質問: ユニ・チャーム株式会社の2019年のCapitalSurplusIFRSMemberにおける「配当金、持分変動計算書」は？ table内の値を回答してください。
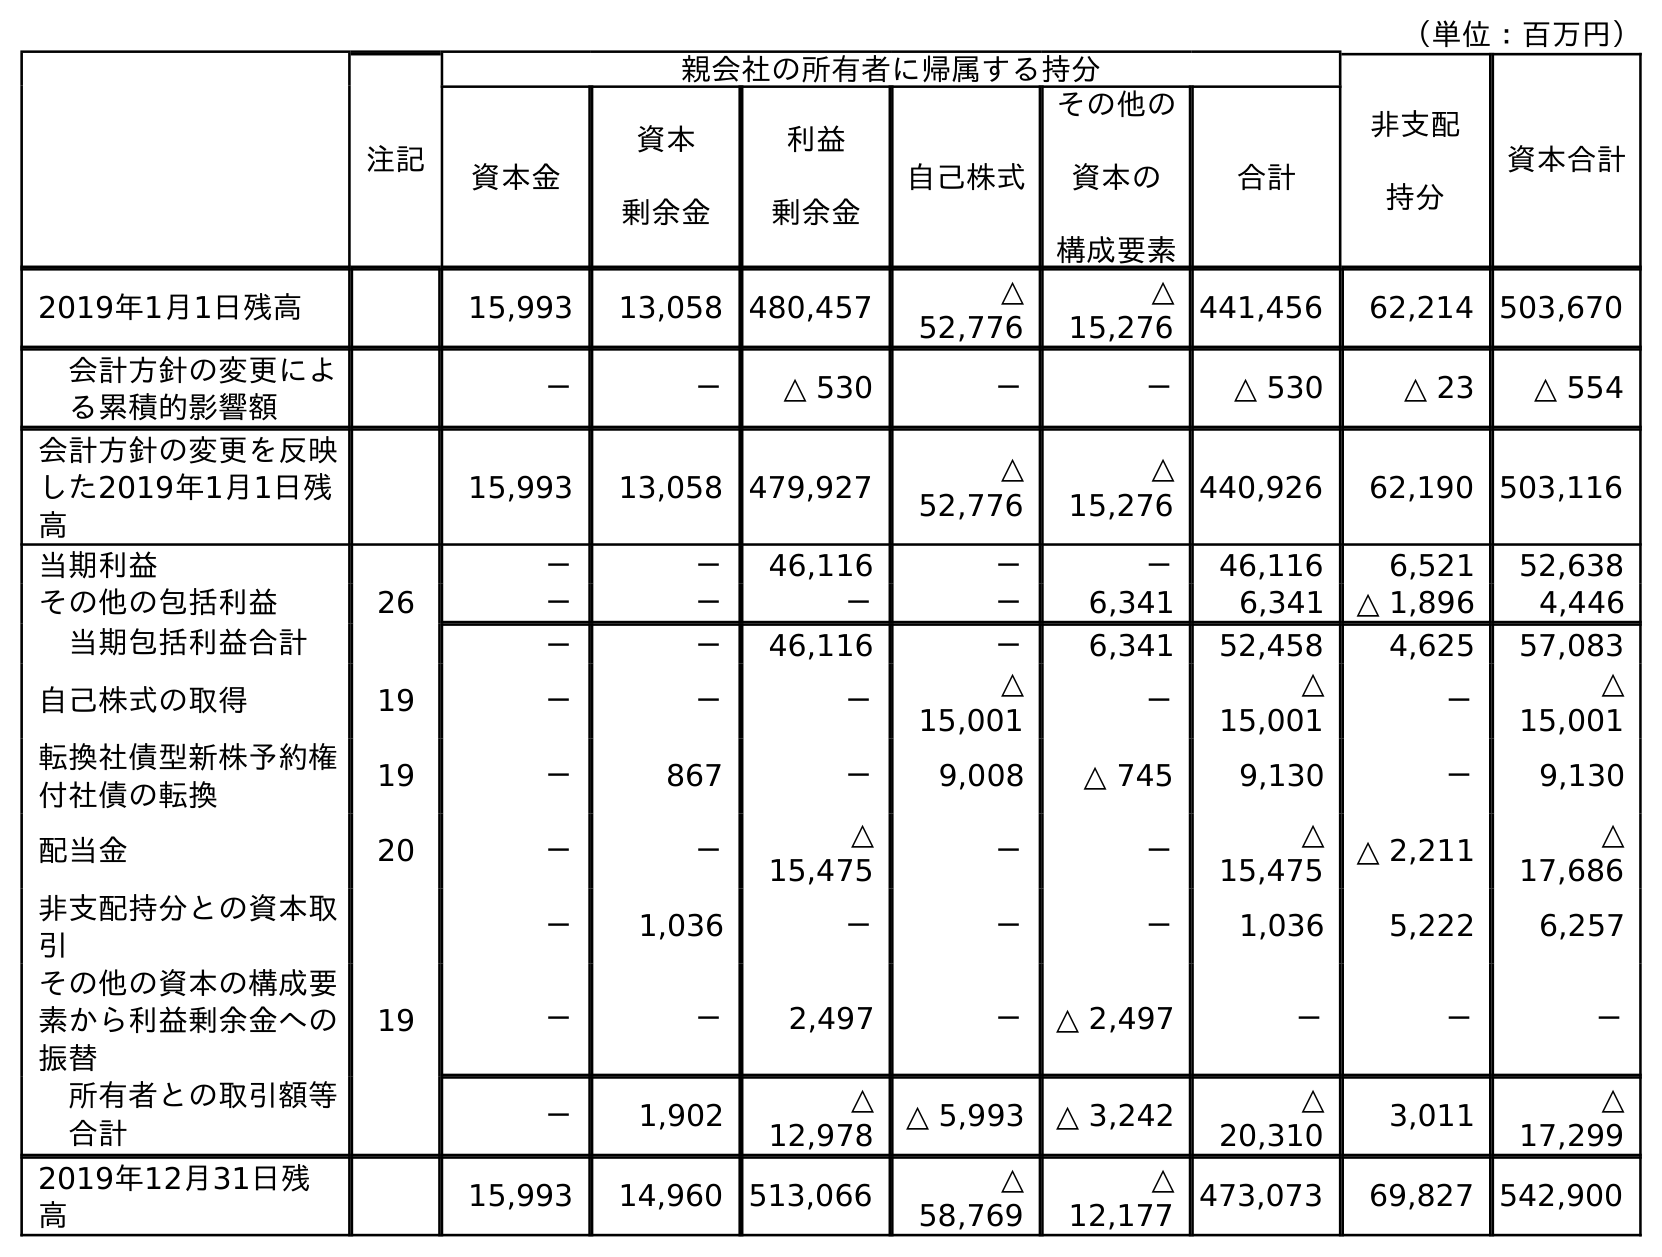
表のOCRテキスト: （単位：百万円） 注記 親会社の所有者に帰属する持分 非支配 持分 資本合計 資本金 資本 剰余金 利益 剰余金 自己株式 その他の 資本の 構成要素 合計 2019年1月1日残高 15,993 13,058 480,457 △ 52,776 △ 15,276 441,456 62,214 503,670 会計方針の変更によ る累積的影響額 － － △ 530 － － △ 530 △ 23 △ 554 会計方針の変更を反映 した2019年1月1日残 高 15,993 13,058 479,927 △ 52,776 △ 15,276 440,926 62,190 503,116 当期利益 － － 46,116 － － 46,116 6,521 52,638 その他の包括利益 26 － － － － 6,341 6,341 △ 1,896 4,446 当期包括利益合計 － － 46,116 － 6,341 52,458 4,625 57,083 自己株式の取得 19 － － － △ 15,001 － △ 15,001 － △ 15,001 転換社債型新株予約権 付社債の転換 19 － 867 － 9,008 △ 745 9,130 － 9,130 配当金 20 － － △ 15,475 － － △ 15,475 △ 2,211 △ 17,686 非支配持分との資本取 引 － 1,036 － － － 1,036 5,222 6,257 その他の資本の構成要 素から利益剰余金への 振替 19 － － 2,497 － △ 2,497 － － － 所有者との取引額等 合計 － 1,902 △ 12,978 △ 5,993 △ 3,242 △ 20,310 3,011 △ 17,299 2019年12月31日残 高 15,993 14,960 513,066 △ 58,769 △ 12,177 473,073 69,827 542,900
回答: －